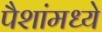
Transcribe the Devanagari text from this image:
पैशांमध्ये